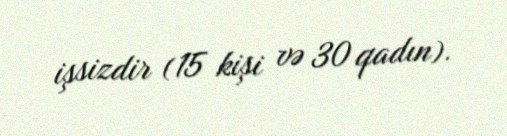
işsizdir (15 kişi və 30 qadın).